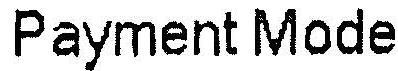
PAYMENT MODE